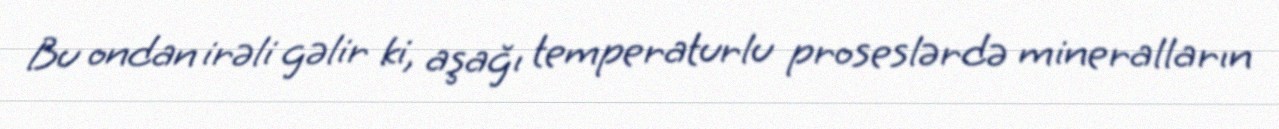
Bu ondan irəli gəlir ki, aşağı temperaturlu proseslərdə mineralların